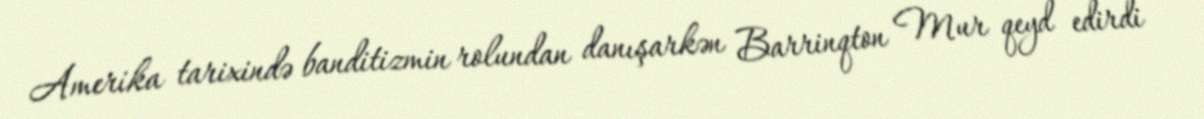
Amerika tarixində banditizmin rolundan danışarkən Barrinqton Mur qeyd edirdi